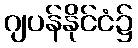
ဂျပန်နိုင်ငံ၌